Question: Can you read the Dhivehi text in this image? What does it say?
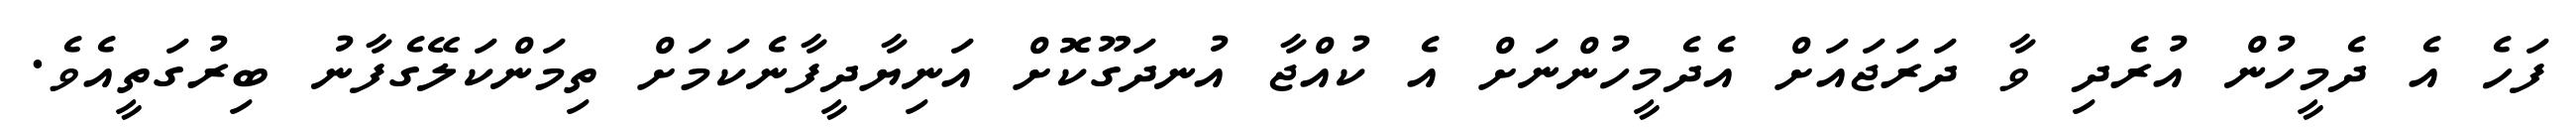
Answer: ފަހެ އެ ދެމީހުން އުރެދި ވާ ދަރަޖައަށް އެދެމީހުންނަށް އެ ކުއްޖާ އުނދަގޫކޮށް އަނިޔާދީފާނެކަމަށް ތިމަންކަލޭގެފާނު ބިރުގަތީއެވެ.